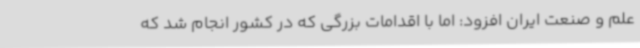
علم و صنعت ایران افزود: اما با اقدامات بزرگی که در کشور انجام شد که